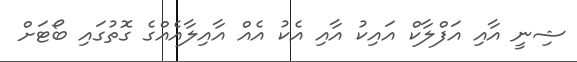
ޝިނީ އާއި އަފްލާކް އައިކު އާއި އެކު އެއް އާއިލާއެއްގެ ގޮތުގައި ބޯޓަށް